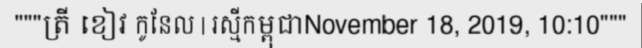
"""ត្រី ខៀវ កូនែល | រស្មីកម្ពុជាNovember 18, 2019, 10:10"""